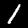
Digit: 1